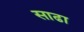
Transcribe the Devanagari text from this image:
साढा